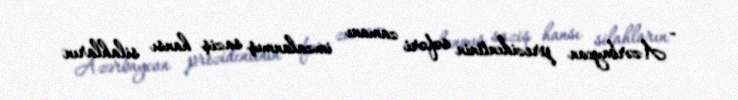
- Azərbaycan prezidentinin səfəri zamanı imzalanmış saziş hansı silahların